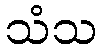
သံသ